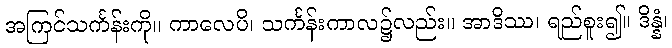
အကြင်သင်္ကန်းကို။ ကာလေပိ၊ သင်္ကန်းကာလ၌လည်း။ အာဒိဿ၊ ရည်စူး၍။ ဒိန္နံ၊